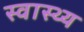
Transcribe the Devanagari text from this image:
स्‍वास्थ्य